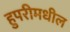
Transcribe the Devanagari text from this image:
हुपरीमधील